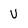
Character: v